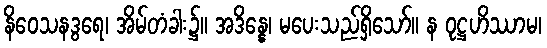
နိဝေသနဒွရေ၊ အိမ်တံခါး၌။ အဒိန္နေ၊ မပေးသည်ရှိသော်။ န ဝုဋ္ဌဟိဿာမ၊